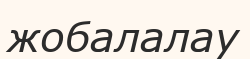
жобалалау